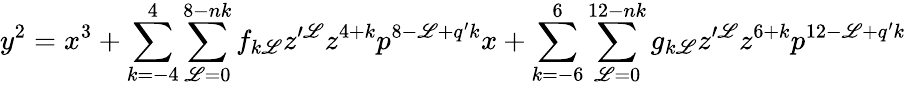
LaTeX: y^{2}=x^{3}+\sum_{k=-4}^{4}\sum_{\mathscr{L}=0}^{8-nk}f_{k\mathscr{L}}z^{\prime\mathscr{L}}z^{4+k}p^{8-\mathscr{L}+q^{\prime}k}x+\sum_{k=-6}^{6}\sum_{\mathscr{L}=0}^{12-nk}g_{k\mathscr{L}}z^{\prime\mathscr{L}}z^{6+k}p^{12-\mathscr{L}+q^{\prime}k}